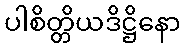
ပါစိတ္တိယဒိဋ္ဌိနော